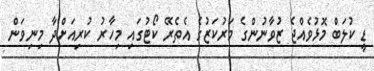
ޑީ ކުލަބް މޮޅުވެއްޖެ ޒުވާނުންގެ މަރުކަޒުގެ އެތެރޭ ކޯޓުގައި މިހާރު ކުރިއަށްދާ މިނިވަން